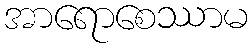
အာရောစေဿာမ